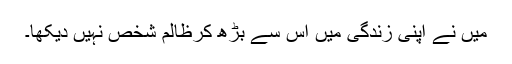
میں نے اپنی زندگی میں اس سے بڑھ کرظالم شخص نہیں دیکھا۔